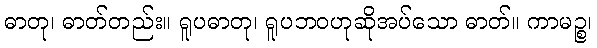
ဓာတု၊ ဓာတ်တည်း။ ရူပဓာတု၊ ရူပဘဝဟုဆိုအပ်သော ဓာတ်။ ကာမဉ္စ၊